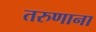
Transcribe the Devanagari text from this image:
तरुणाना